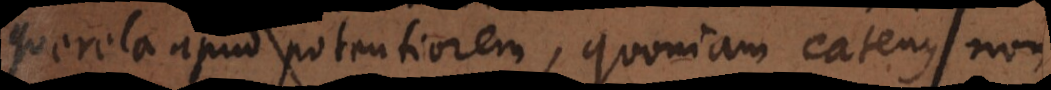
querela apud potentiorem, quoniam eatenus non